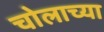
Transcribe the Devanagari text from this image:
चोलाच्या